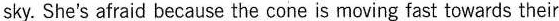
sky. She's afraid because the cone is moving fast towards their